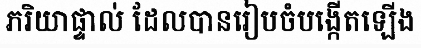
ភរិយាផ្ទាល់ ដែលបានរៀបចំបង្កើតឡើង